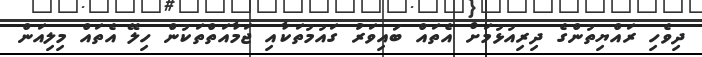
ދިވެހި ރައްޔިތުންގެ ދިރިއުޅުމަށް އެތައް ބައިވަރު ގައުމުތަކާއި ޖަމާއަތްތަކުން ހިލޭ އެތައް މިލިއަން